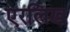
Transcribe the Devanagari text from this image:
एरलिख